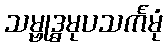
သမ္ဗုဒ္ဓမုပသင်္ကမုံ